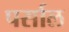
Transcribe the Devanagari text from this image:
पर्साल